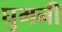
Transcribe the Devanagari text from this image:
घुमनी